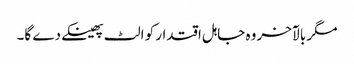
مگر بالآخر وہ جاہل اقتدار کو الٹ پھینکےدے گا۔